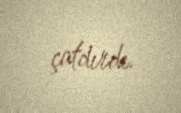
çatdırdı.